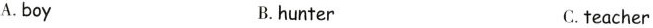
A. boy B. hunter C. teacher